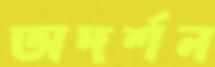
অদর্শন